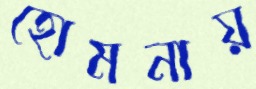
হোমনায়